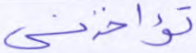
تؤاخذني